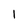
Character: l